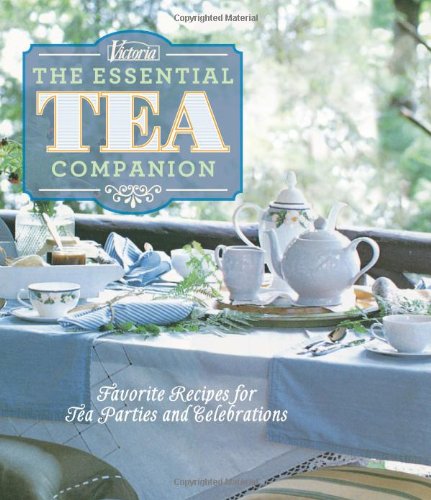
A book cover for Victoria The Essential Tea Companion: Favorite Recipes for Tea Parties and Celebrations; Kim Waller; Cookbooks, Food & Wine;